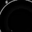
Digit: 8